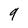
Character: 9